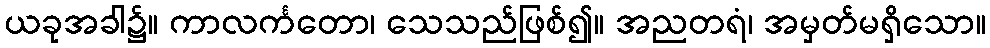
ယခုအခါ၌။ ကာလင်္ကတော၊ သေသည်ဖြစ်၍။ အညတရံ၊ အမှတ်မရှိသော။